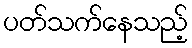
ပတ်သက်နေသည့်